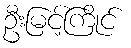
ဦးမြင့်ကြိုင်